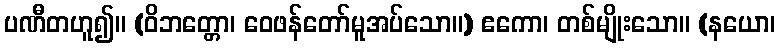
ပဏီတဟူ၍။ (ဝိဘတ္တော၊ ဝေဖန်တော်မူအပ်သော။) ဧကော၊ တစ်မျိုးသော။ (နယော၊